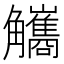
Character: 觿